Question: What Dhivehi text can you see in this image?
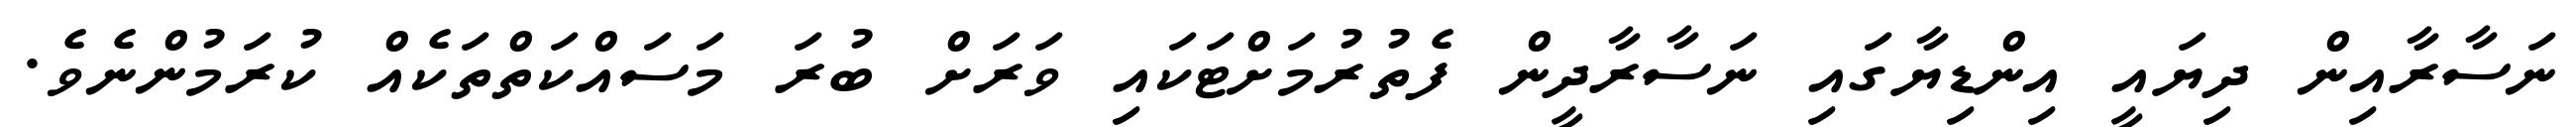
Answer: ނަސާރާއިން ދިޔައީ އިންޑިޔާގައި ނަސާރާދީން ފެތުރުމަށްޓަކައި ވަރަށް ބުރަ މަސައްކަތްތަކެއް ކުރަމުންނެވެ.